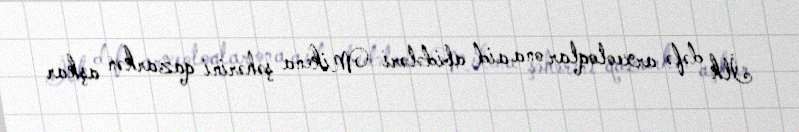
İlk dəfə arxeoloqlar ona aid abidələri Mikena şəhərini qazarkən aşkar